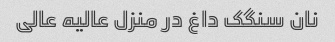
نان سنگک داغ در منزل عالیه عالی